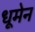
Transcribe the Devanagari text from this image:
धूमेन